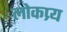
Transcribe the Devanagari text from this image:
लोकप्र्य